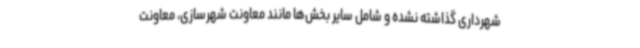
شهرداری گذاشته نشده و شامل سایر بخش‌ها مانند معاونت شهرسازی، معاونت